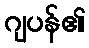
ဂျပန်၏